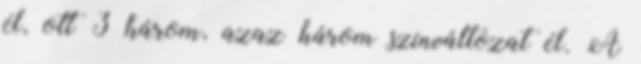
él, ott 3 három, azaz három színváltozat él. A